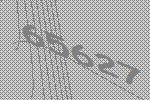
65627